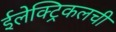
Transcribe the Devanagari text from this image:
ईलेक्ट्रिकलची